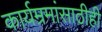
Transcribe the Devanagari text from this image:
कार्यम्रमांसाठीही